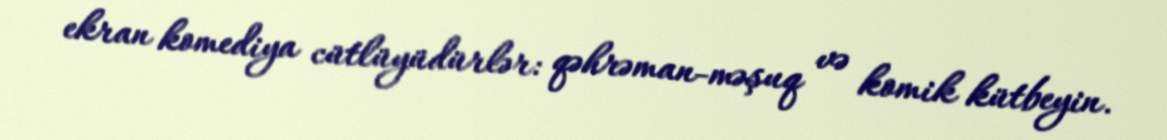
ekran komediya cütlüyüdürlər: qəhrəman-məşuq və komik kütbeyin.